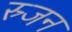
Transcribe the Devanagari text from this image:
स्र्जन